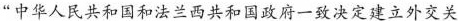
”中华人民共和国和法兰西共和国政府一致决定建立外交关